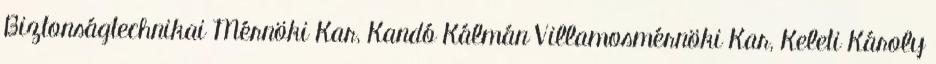
Biztonságtechnikai Mérnöki Kar, Kandó Kálmán Villamosmérnöki Kar, Keleti Károly